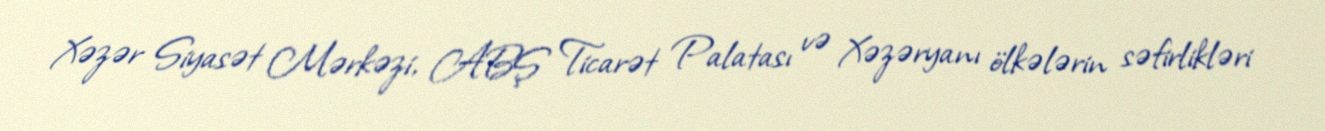
Xəzər Siyasət Mərkəzi, ABŞ Ticarət Palatası və Xəzəryanı ölkələrin səfirlikləri